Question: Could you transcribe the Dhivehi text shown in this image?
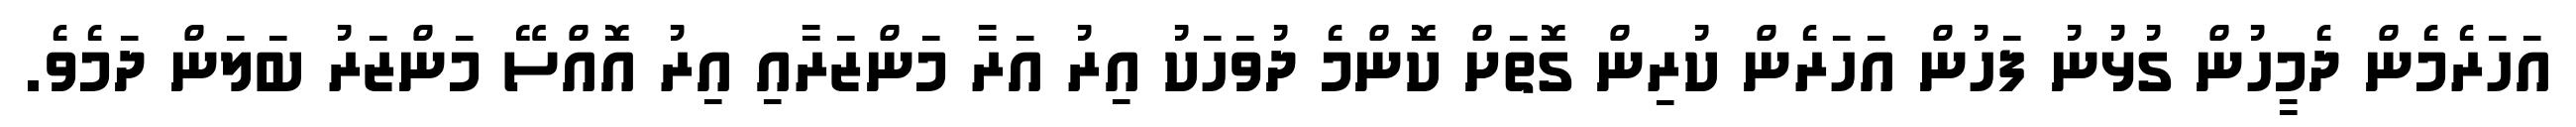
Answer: އަހަރެމެން ދެމީހުން ގުޅުނު ފަހުން އަހަރެން ކުރިން ގޮތަށް ކޮންމެ ދުވަހަކު އިރު އަރާ މަންޒަރާއި އިރު އޮއްސޭ މަންޒަރު ބަލަން ދަމެވެ.